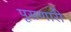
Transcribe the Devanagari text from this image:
पूसणारी